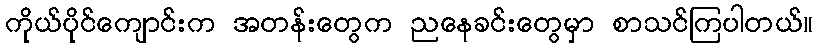
ကိုယ်ပိုင်ကျောင်းက အတန်းတွေက ညနေခင်းတွေမှာ စာသင်ကြပါတယ်။